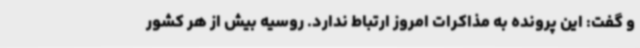
و گفت: این پرونده به مذاکرات امروز ارتباط ندارد. روسیه بیش از هر کشور